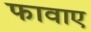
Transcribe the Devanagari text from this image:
फावाए